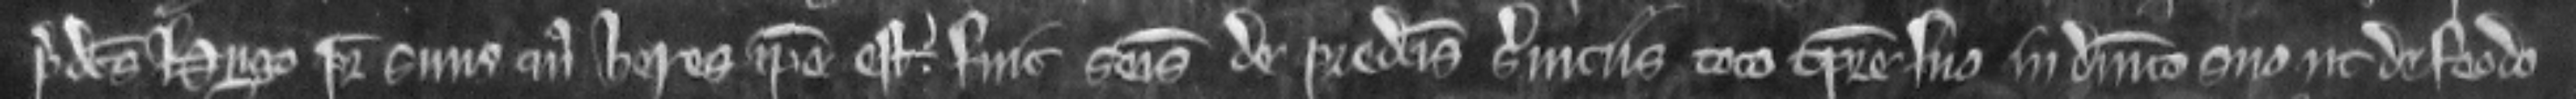
predictus Hugo pater suus cujus heres ipse est. fuit seisitus de predictis serviciis toto tempore suo in dominico suo ut de feodo